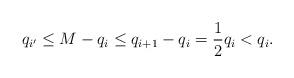
LaTeX: \begin{align*} q_{i'} \leq M-q_{i}\leq q_{i+1}-q_{i}= \frac{1}{2}q_{i}<q_{i}.\end{align*}